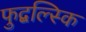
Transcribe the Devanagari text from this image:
फुद्बल्स्कि